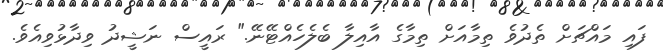
ފައި މައްޗަށް ތެދުވެ ތިމާއަށް ތިމާގެ އާއިލާ ބެލެހެއްޓޭނޭ." ރައީސް ނަޝީދު ވިދާޅުވިއެވެ.